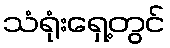
သံရုံးရှေ့တွင်